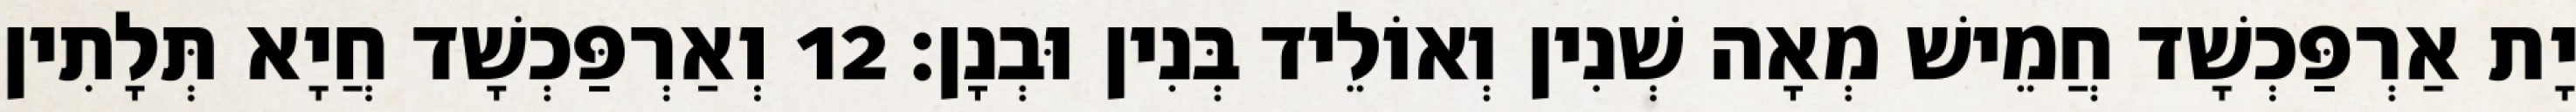
יָת אַרְפַּכְשָׁד חֲמֵישׁ מְאָה שְׁנִין וְאוֹלֵיד בְּנִין וּבְנָן׃ 12 וְאַרְפַּכְשָׁד חֲיָא תְּלָתִין